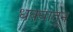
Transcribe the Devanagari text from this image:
धक्यातून